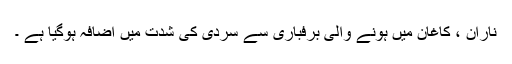
ناران ، کاغان میں ہونے والی برفباری سے سردی کی شدت میں اضافہ ہوگیا ہے ۔